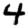
Digit: 4